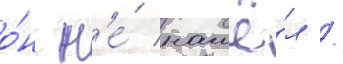
о́н н'е́ нашё́л /